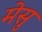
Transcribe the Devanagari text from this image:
मेसु